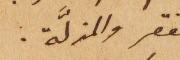
الفقر والمزلَّة.